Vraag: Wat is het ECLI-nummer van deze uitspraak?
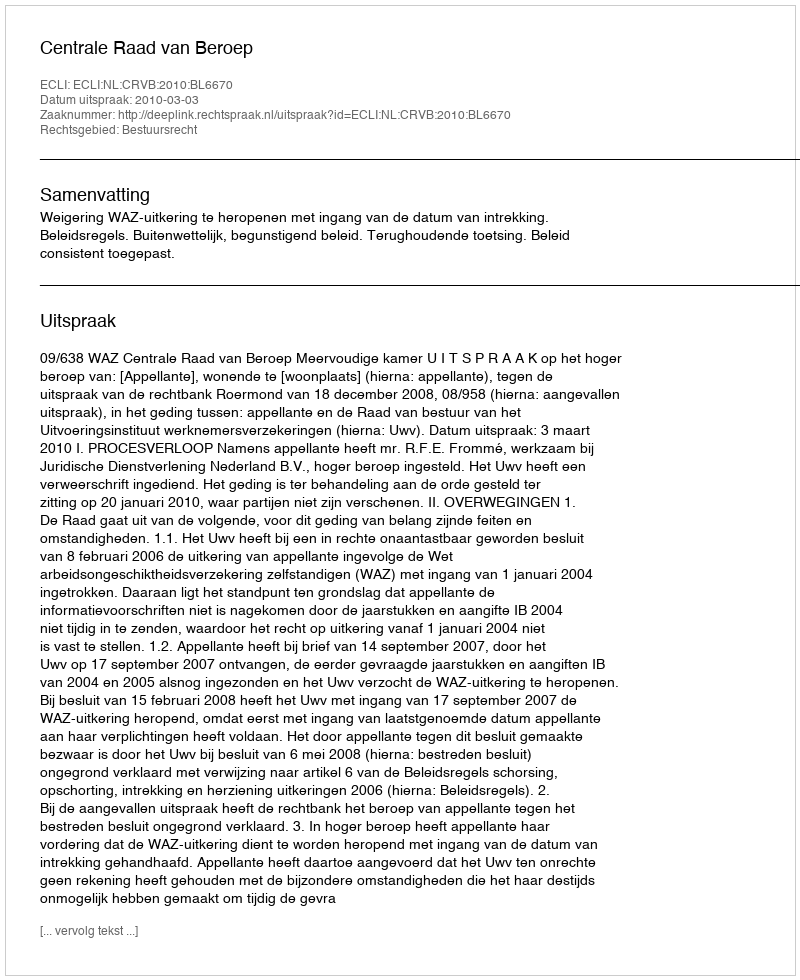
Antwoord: ECLI:NL:CRVB:2010:BL6670